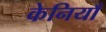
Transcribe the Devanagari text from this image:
केनियाँ